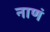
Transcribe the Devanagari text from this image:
नाणं